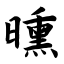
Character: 曛